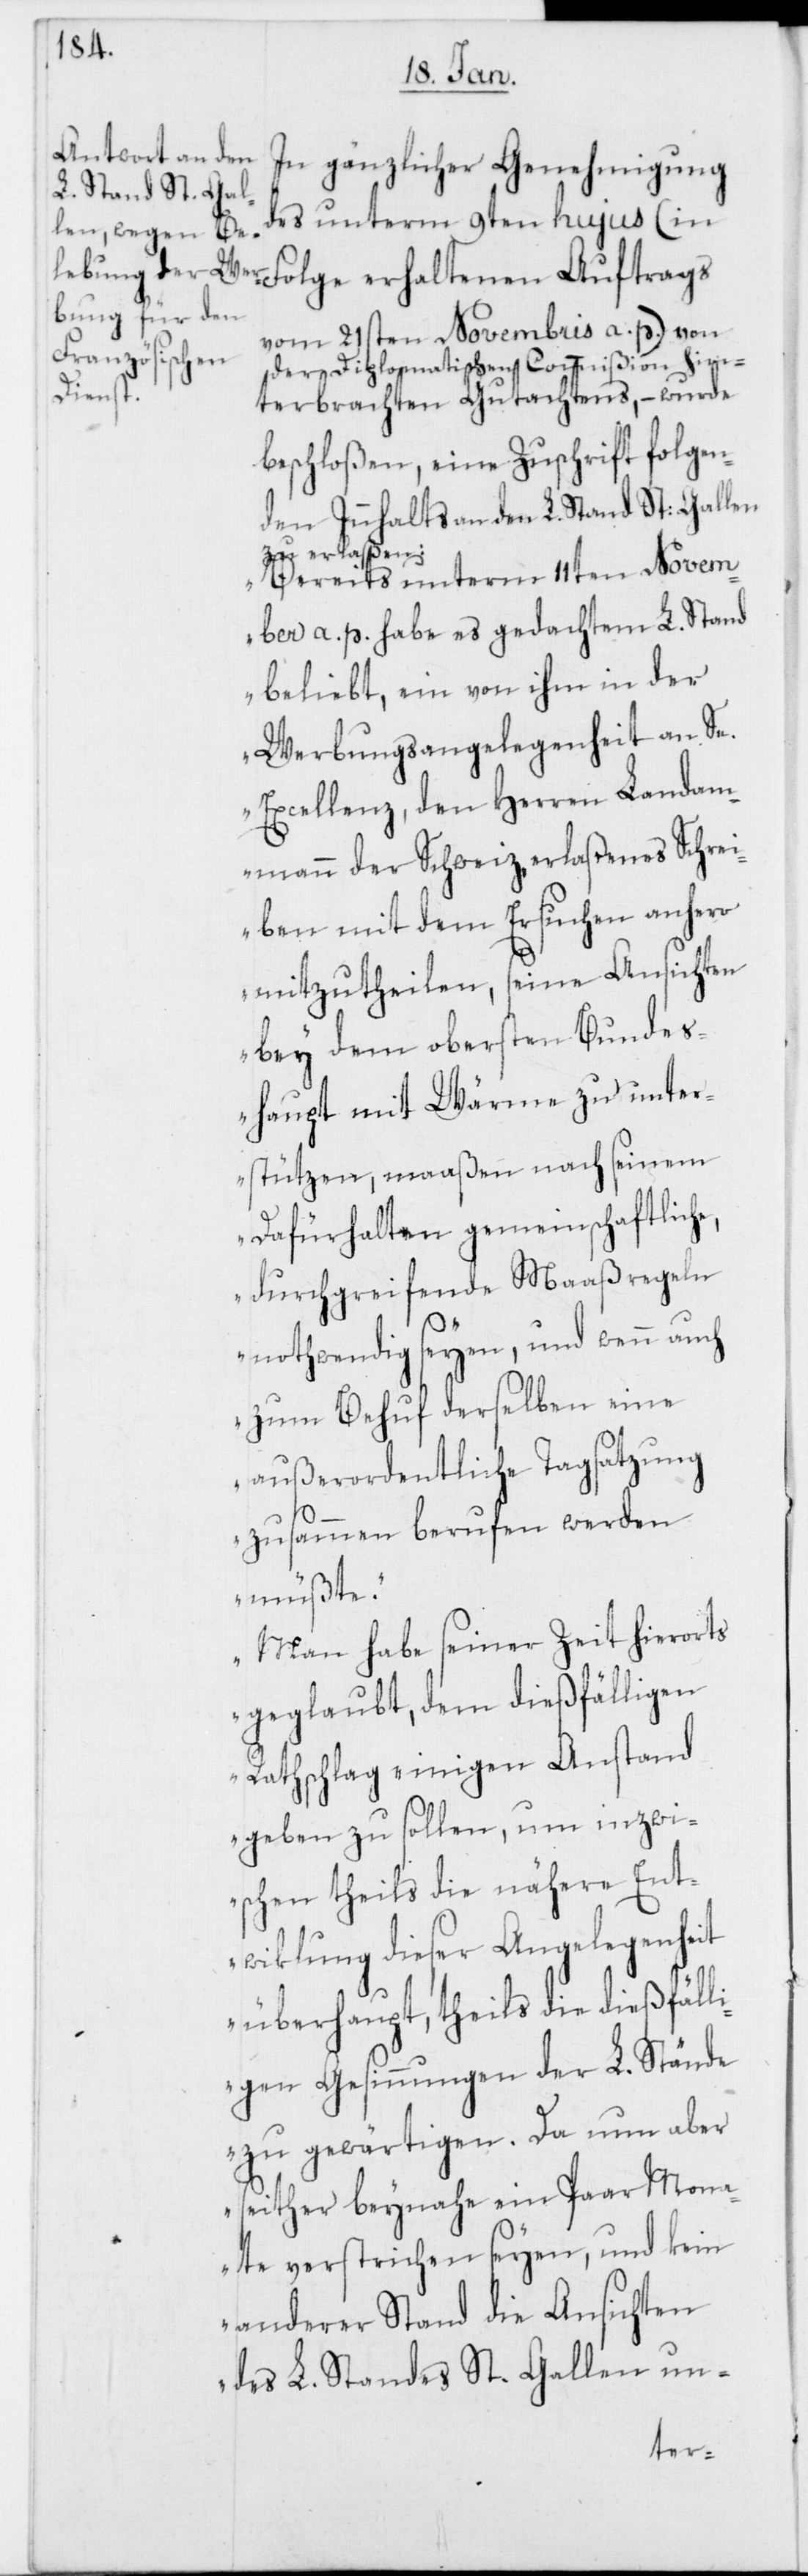
In gänzlicher Genehmigung
des unterm 9ten hujus (in
vom 21sten Novembris a. p.) von
der Diplomatischen Commißion hin¬
terbrachten Gutachtens, – wurde
beschloßen, eine Zuschrift folgen¬
den Innhalts an den L. Stand St. Gallen
zu erlaßen:
„Bereits unterm 11ten Novem¬
ber a. p. habe es gedachtem L. Stand
beliebt, ein von ihm in der
Werbungsangelegenheit an Se.
Excellenz, den Herren Landam¬
mann der Schweiz, erlaßenes Schrei¬
ben mit dem Ersuchen anhero
mitzutheilen, seine Ansichten
bey dem obersten Bundes¬
haupt mit Wärme zu unter¬
stützen, maaßen nach seinem
Dafürhalten gemeinschaftliche,
durchgreifende Maaßregeln
nothwendig seyen, und wenn auch
zum Behuf derselben eine
außerordentliche Tagsatzung
zusammen berufen werden
müßte.
Man habe seiner Zeit hierorts
geglaubt, dem dießfälligen
Rathschlag einigen Anstand
geben zu sollen, um inzwi¬
schen theils die nähere Ent¬
wiklung dieser Angelegenheit
überhaupt, theils die dießfäll¬
igen Gesinnungen der L. Stände
zu gewärtigen. Da nun aber
seither beynahe ein Paar Mona¬
te verstrichen seyen, und kein
anderer Stand die Ansichten
des L. Standes St. Gallen un-